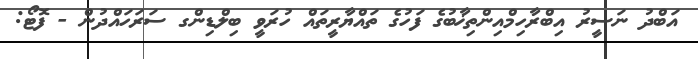
އަބްދު ނަސީރު އިބްރާހިމްއިންތިޚާބުގެ ފަހުގެ ތައްޔާރީތައް ހުރަވީ ބިލްޑިންގ ސަރަހައްދުން - ފޮޓޯ: